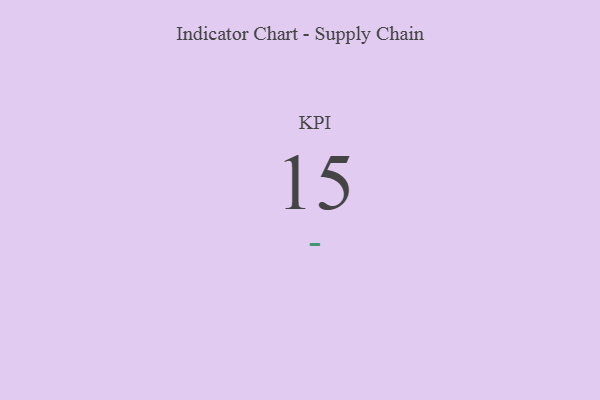
{"axis": {"x": "KPI", "y": "Value"}, "legend": [""], "data": [{"x": "KPI", "y": 15, "type": ""}]}